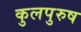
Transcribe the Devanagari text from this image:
कुलपुरुष